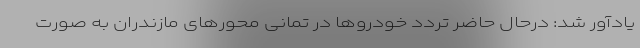
یادآور شد: درحال حاضر تردد خودروها در تمانی محورهای مازندران به صورت